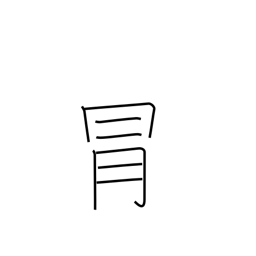
Meaning: risk